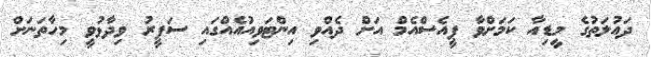
ދައުލަތުގެ މީޑިއާ ކަމަށްވާ ޕީއެސްއެމް އަށް ދެއްވި އިންޓަވިއުއެއްގައި ސަފީރު ވިދާޅުވީ މިހާތަނަށް